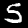
Label: 5